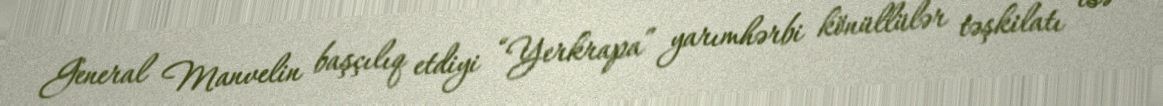
General Manvelin başçılıq etdiyi “Yerkrapa” yarımhərbi könüllülər təşkilatı isə